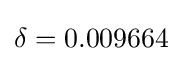
\delta =0.009664